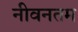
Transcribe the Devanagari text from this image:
नीवनतम